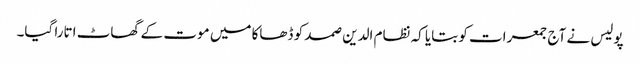
پولیس نے آج جمعرات کو بتایا کہ نظام الدین صمد کو ڈھاکا میں موت کے گھاٹ اتارا گیا۔